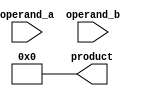
module baugh_wooley_multiplier (
    input [7:0] operand_a,
    input [7:0] operand_b,
    output reg [15:0] product
);

reg [7:0] partial_products[3:0];
reg [15:0] final_product;

initial begin
    product = 16'b0;
    final_product = 16'b0;
end

// Arithmetic Block
always @(*) begin
    partial_products[0] = operand_a[0] & operand_b;
    partial_products[1] = operand_a[1] & operand_b;
    partial_products[2] = operand_a[2] & operand_b;
    partial_products[3] = operand_a[3] & operand_b;
end

// Shift Register
always @(posedge clk) begin
    partial_products[0] <= {partial_products[0][6:0], 1'b0};
    partial_products[1] <= {partial_products[1][6:0], 1'b0};
    partial_products[2] <= {partial_products[2][6:0], 1'b0};
    partial_products[3] <= {partial_products[3][6:0], 1'b0};
end

// Register
always @(*) begin
    final_product = partial_products[0] + (partial_products[1] << 1) + (partial_products[2] << 2) + (partial_products[3] << 3);
end

assign product = final_product;

endmodule